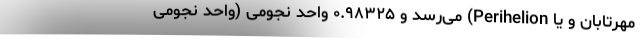
مهرتابان و یا Perihelion) می‌رسد و ۰.۹۸۳۲۵ واحد نجومی (واحد نجومی